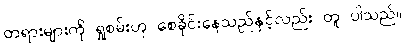
တရားများကို ရှုစမ်းဟု စေခိုင်းနေသည်နှင့်လည်း တူ ပါသည်။